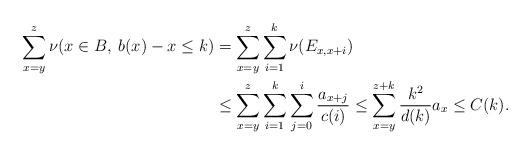
LaTeX: \begin{align*}\sum_{x=y}^{z} \nu(x \in B, \: b(x)-x \leq k)&=\sum_{x=y}^z \sum_{i=1}^k\nu(E_{x,x+i})\\&\leq \sum_{x=y}^z \sum_{i=1}^k\sum_{j=0}^i\frac{a_{x+j}}{c(i)}\leq \sum_{x=y}^{z+k} \frac{k^2}{d(k)}a_x\le C(k).\end{align*}